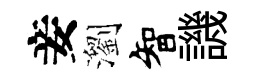
妾瀏智譏